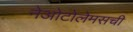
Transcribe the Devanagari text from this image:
नेओटोलेमसची